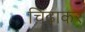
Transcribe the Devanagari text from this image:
चिढाकर